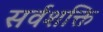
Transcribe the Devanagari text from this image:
सर्वशक्ति